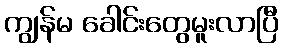
ကျွန်မ ခေါင်းတွေမူးလာပြီ